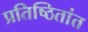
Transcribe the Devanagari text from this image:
प्रतिष्ठितांत